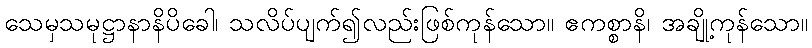
သေမှသမုဋ္ဌာနာနိပိခေါ၊ သလိပ်ပျက်၍လည်းဖြစ်ကုန်သော။ ဧကစ္စာနိ၊ အချို့ကုန်သော။